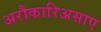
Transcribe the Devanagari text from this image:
अरौकारिअसाए